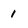
Character: 1